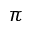
\pi